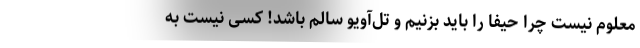
معلوم نیست چرا حیفا را باید بزنیم و تل‌آویو سالم باشد! کسی نیست به